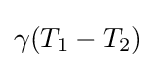
\gamma (T_{1}-T_{2})